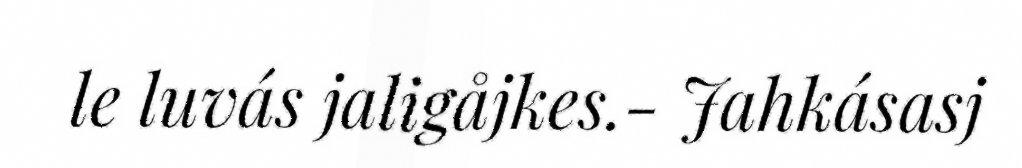
le luvás jaligåjkes.- Jahkásasj